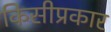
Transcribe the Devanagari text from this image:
किसीप्रकार